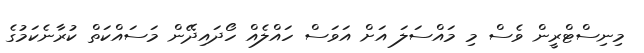
މިނިސްޓްރީން ވެސް މި މައްސަލަ އަށް އަވަސް ހައްލެއް ހޯދައިދޭން މަސައްކަތް ކުރާނެކަމުގެ